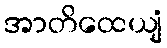
အာတိထေယျံ